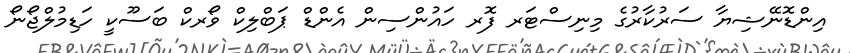
އިންޑޮނޭޝިޔާ ސަރުކާރުގެ މިނިސްޓަރ ފޮރ ހައުންސިން އެންޑް ޕަބްލިކް ވޯރކް ބަސޫކީ ހަޑިމުލްޖޯނޯ